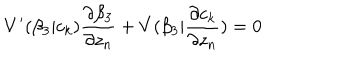
V ^ { \prime } ( \beta _ { 3 } | c _ { k } ) \frac { \partial \beta _ { 3 } } { \partial z _ { n } } + V ( \beta _ { 3 } | \frac { \partial c _ { k } } { \partial z _ { n } } ) = 0